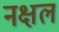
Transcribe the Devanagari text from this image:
नक्षल